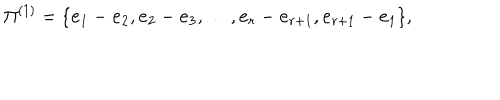
LaTeX: \Pi ^ { ( 1 ) } = \{ { \bf e } _ { 1 } - { \bf e } _ { 2 } , { \bf e } _ { 2 } - { \bf e } _ { 3 } , \ldots , { \bf e } _ { r } - { \bf e } _ { r + 1 } , { \bf e } _ { r + 1 } - { \bf e } _ { 1 } \} ,